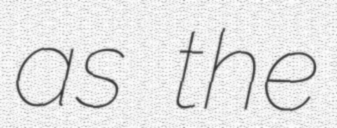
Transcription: as the